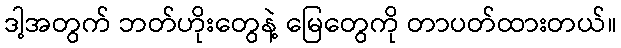
ဒါ့အတွက် ဘတ်ဟိုးတွေနဲ့ မြေတွေကို တာပတ်ထားတယ်။